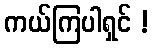
ကယ်ကြပါရှင် !